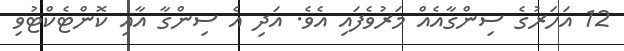
12 އަހަރުގެ ސިންގާއެއް މަރުވެފައި އެވެ. އަދި އެ ސިންގާ އާއި ކޮންޓެކްޓުވި